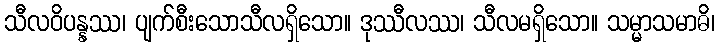
သီလဝိပန္နဿ၊ ပျက်စီးသောသီလရှိသော။ ဒုဿီလဿ၊ သီလမရှိသော။ သမ္မာသမာဓိ၊